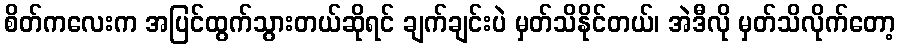
စိတ်ကလေးက အပြင်ထွက်သွားတယ်ဆိုရင် ချက်ချင်းပဲ မှတ်သိနိုင်တယ်၊ အဲဒီလို မှတ်သိလိုက်တော့